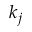
k _ { j }